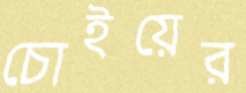
চোইয়ের